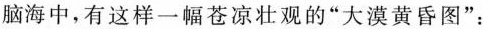
脑海中，有这样一幅苍凉壮观的“大漠黄昏图”：